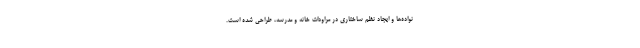
نواده‌ها و ایجاد نظم ساختاری در مراودات خانه و مدرسه، طراحی شده است.